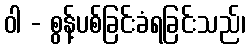
ဝါ - စွန့်ပစ်ခြင်းခံရခြင်းသည်၊